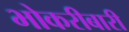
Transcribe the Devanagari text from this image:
भोकरीबारी